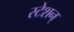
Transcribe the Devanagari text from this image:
स्टेशन्